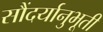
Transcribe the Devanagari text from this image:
सौंदर्यानुभूती